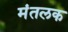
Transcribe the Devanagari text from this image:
मंतलक